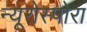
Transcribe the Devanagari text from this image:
न्यूरोस्पोरा